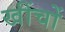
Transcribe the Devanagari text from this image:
खींचों